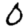
Digit: 0